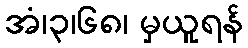
အံ၊၃၊၆၈၊ မှယူရန်